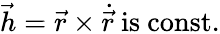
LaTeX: {\vec{h}}={\vec{r}}\times{\dot{\vec{r}}}{\mathrm{~is~const.}}